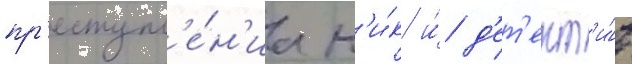
пр'еступл'е́н'иа н'и́к и́ д'ет'ект'и́в